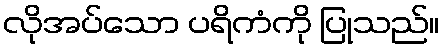
လိုအပ်သော ပရိကံကို ပြုသည်။